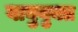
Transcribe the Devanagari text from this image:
वायुयुक्त